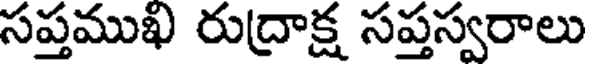
సప్తముఖ రుద్రాక్ష సప్తస్వరాలు